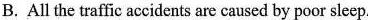
B. All the traffic accidents are caused by poor sleep.